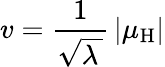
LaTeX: v={\frac{1}{\sqrt{\lambda\, }}}\left|\mu_{\mathrm{H}}\right|